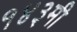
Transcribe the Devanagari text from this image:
१४३मी